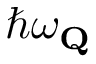
\hslash \omega _ { \mathbf { Q } }